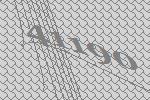
41190